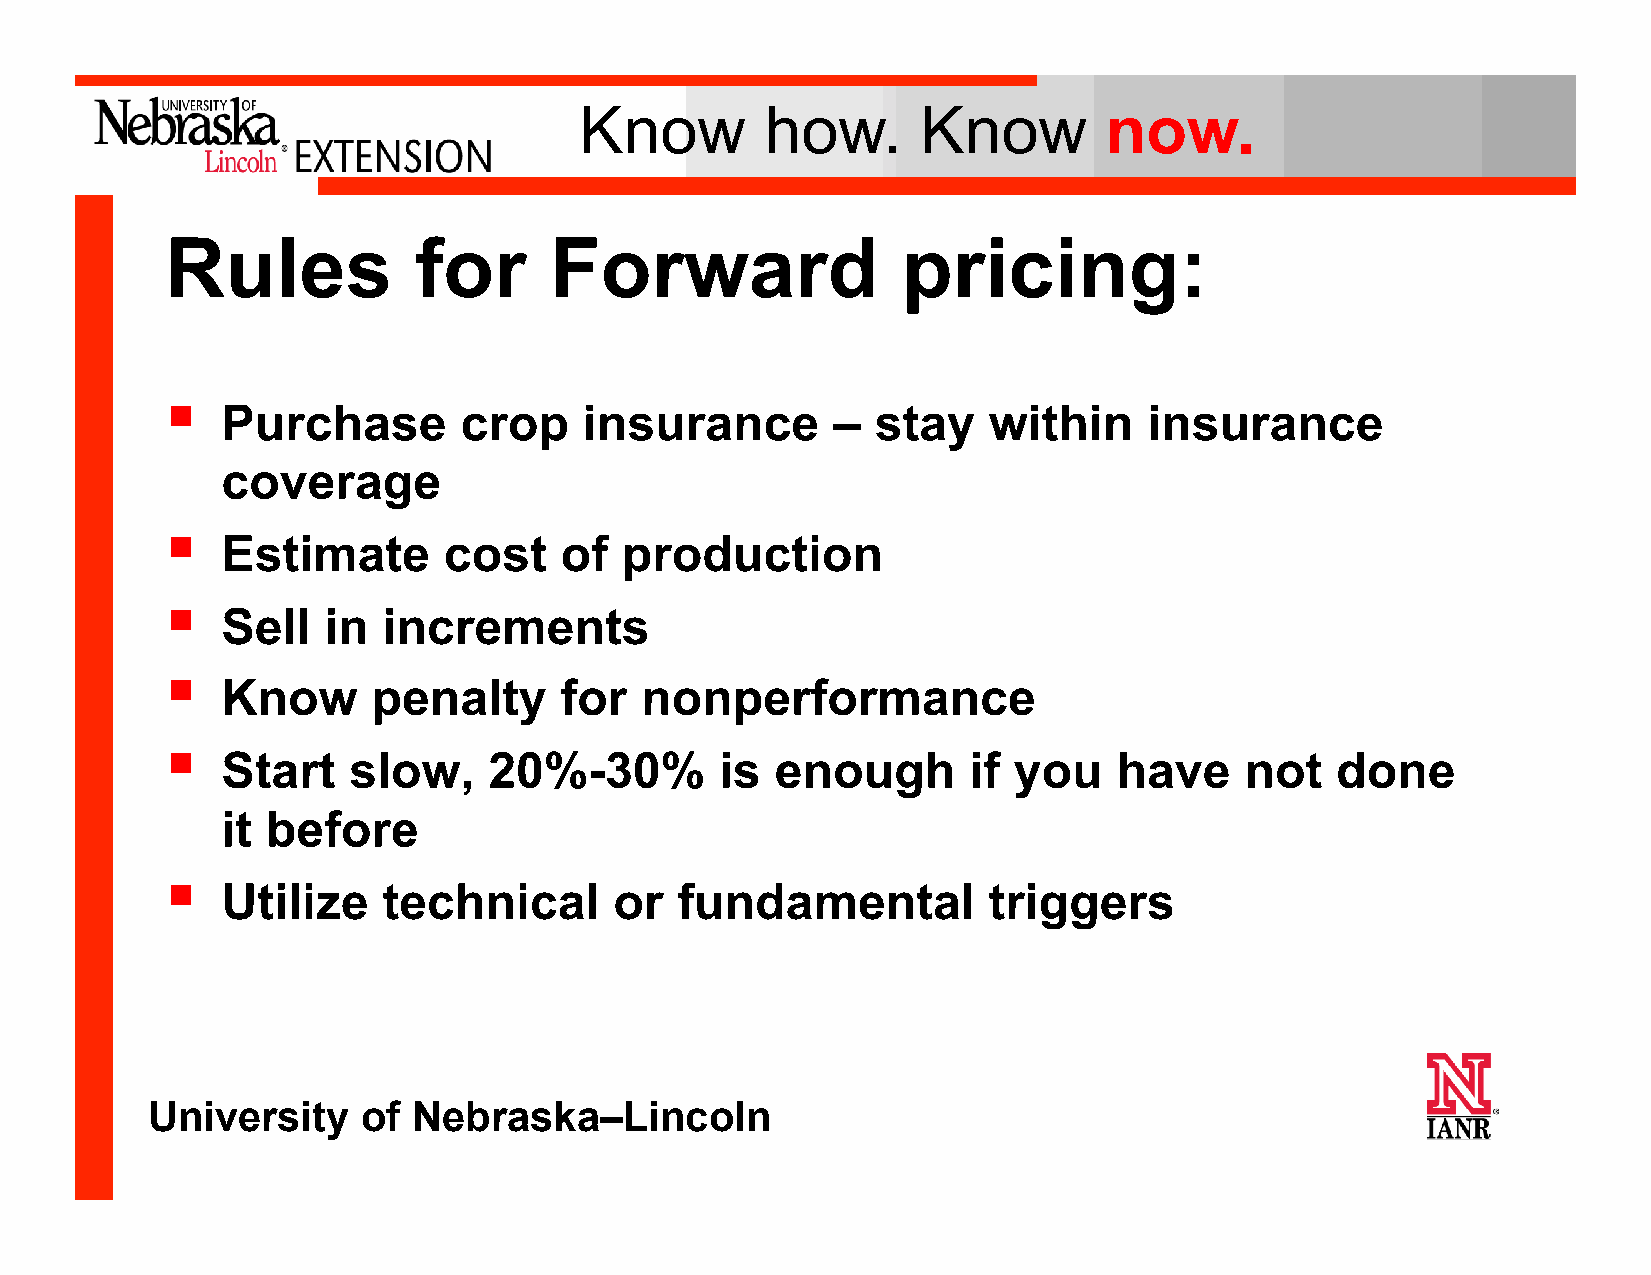
Know         how.      Know        now.
 Rules           for      Forward                 pricing:
 §
 Purchase       crop     insurance       –  stay   within     insurance
 coverage
 §
 Estimate      cost    of  production
 §
 Sell  in  increments
 §
 Know      penalty     for  nonperformance
 §
 Start   slow,    20%-30%         is enough       if you    have    not   done
 it before
 §
 Utilize   technical       or  fundamental         triggers
 University    of Nebraska–Lincoln